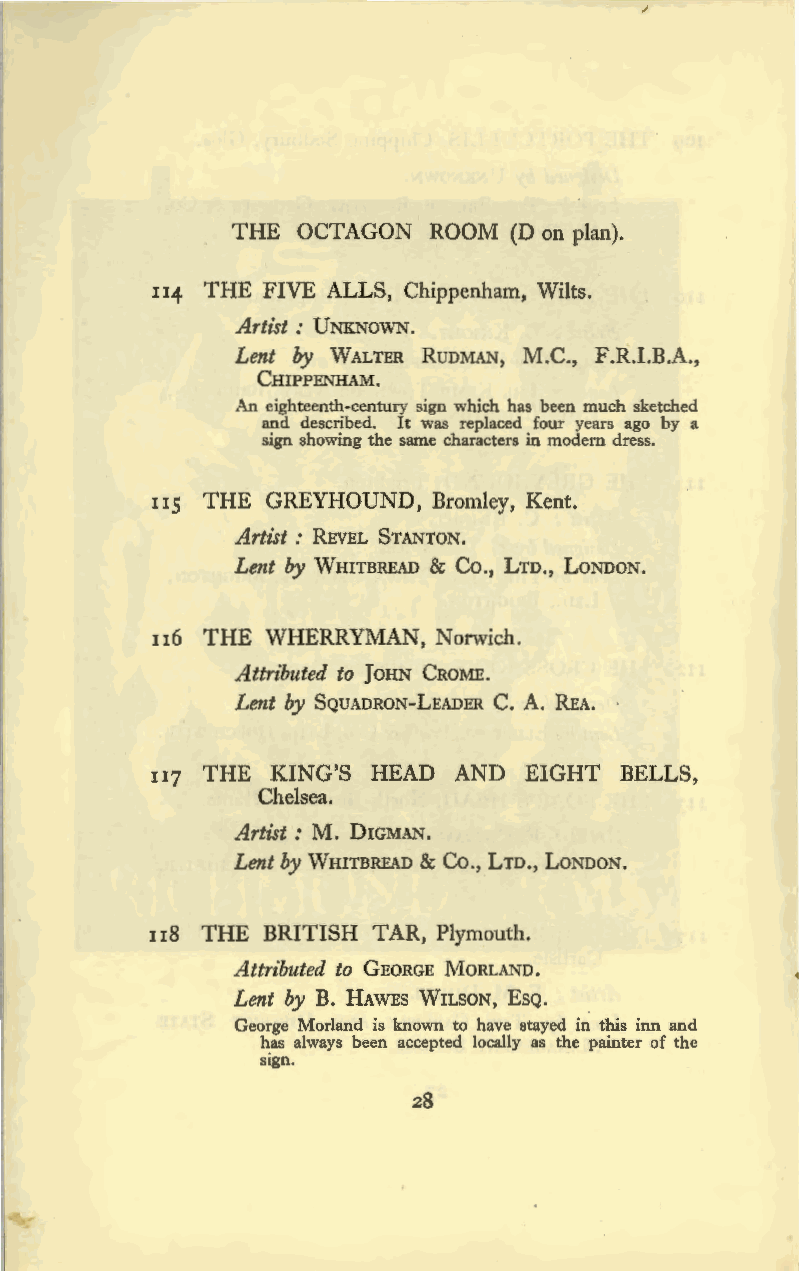
THE  OCTAGON ROOM  (Don plan).
 114 THE FIVE ALLS, Chippenham, Wilts.
 Artist : V NKNOWN.
 Lent by WALTER RUDMAN, M.C., F.R.I.B.A.,
 CHIPPENHAM.
 An eighteenth-century sign which has been much sketched
 and described. It was replaced four years ago by a
 sign showing the same characters in modern dress.
 115 THE GREYHOUND, Bromley, Kent.
 Artist: REVEL STANTON.
 Lent by WHITBREAD & Co., LTD., LONDON.
 n6 THE  WHERRYMAN, Norwich.
 Attri'buted to JOHN CROME.
 Lent by SQUADRON-LEADER C. A. REA.
 117 THE KING'S HEAD AND  EIGHT BELLS,
 Chelsea.
 Artist: M. DIGMAN.
 Lent by WHITBREAD & Co., LTD., LONDON.
 118 THE BRITISH TAR, Plymouth.
 Attributed to GEORGE MORLAND.
 Lent by B. HAWES WILSON, EsQ.
 George Morland is known to have stayed in this inn and
 has always been accepted locally as the painter of the
 sign.